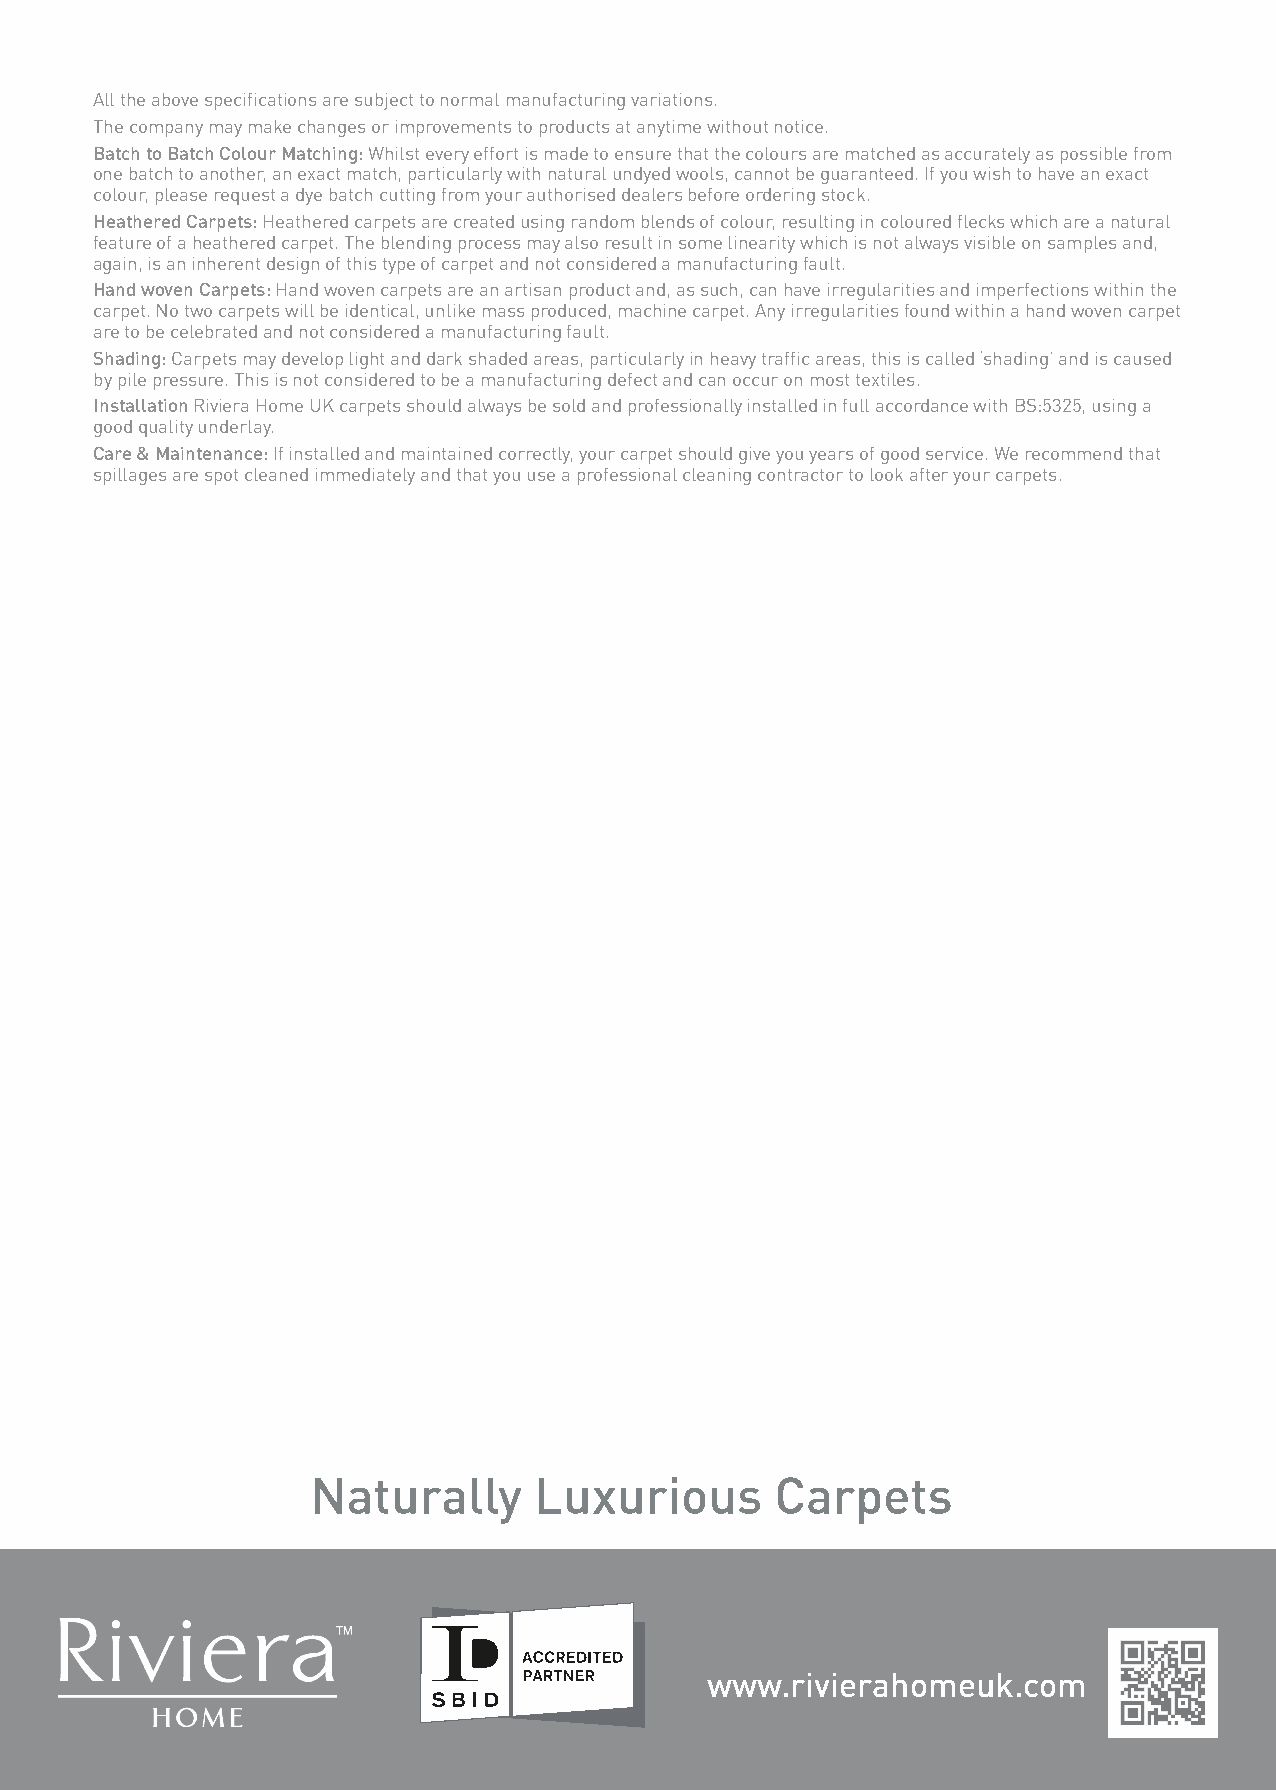
All the above specifications are subject to normal manufacturing variations.
 The company may make changes or improvements to products at anytime without notice.
 Batch to Batch Colour Matching: Whilst every effort is made to ensure that the colours are matched as accurately as possible from
 one batch to another, an exact match, particularly with natural undyed wools, cannot be guaranteed. If you wish to have an exact
 colour, please request a dye batch cutting from your authorised dealers before ordering stock.
 Heathered Carpets: Heathered carpets are created using random blends of colour, resulting in coloured flecks which are a natural
 feature of a heathered carpet. The blending process may also result in some linearity which is not always visible on samples and,
 again, is an inherent design of this type of carpet and not considered a manufacturing fault.
 Hand woven Carpets: Hand woven carpets are an artisan product and, as such, can have irregularities and imperfections within the
 carpet. No two carpets will be identical, unlike mass produced, machine carpet. Any irregularities found within a hand woven carpet
 are to be celebrated and not considered a manufacturing fault.
 Shading: Carpets may develop light and dark shaded areas, particularly in heavy traffic areas, this is called ‘shading’ and is caused
 by pile pressure. This is not considered to be a manufacturing defect and can occur on most textiles.
 Installation Riviera Home UK carpets should always be sold and professionally installed in full accordance with BS:5325, using a
 good quality underlay.
 Care & Maintenance: If installed and maintained correctly, your carpet should give you years of good service. We recommend that
 spillages are spot cleaned immediately and that you use a professional cleaning contractor to look after your carpets.
 Naturally     Luxurious       Carpets
 www.rivierahomeuk.com